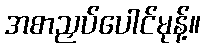
အစာညှပ်ပေါင်မုန့်။